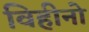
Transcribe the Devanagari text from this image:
विहीनो